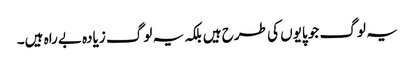
یہ لوگ جو پایوں کی طرح ہیں بلکہ یہ لوگ زیادہ بےراہ ہیں۔